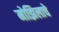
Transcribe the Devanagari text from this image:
मोझिलाचे